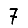
Digit: 7